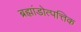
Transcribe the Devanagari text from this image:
ब्रह्मांडोत्पत्तिक